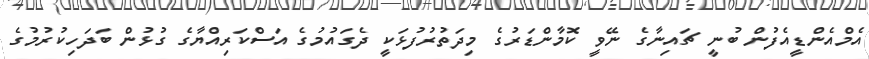
އެމްއެންޑީއެފުން ބުނީ ޗައިނާގެ ނޭވީ ކޮމާންޑަރުގެ މިދަތުރުފުޅަކީ ދެގައުމުގެ އަސްކަރިއްޔާގެ ގުޅުން ބަދަހިކުރުމުގެ